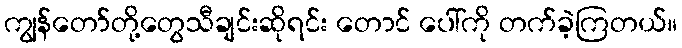
ကျွန်တော်တို့တွေသီချင်းဆိုရင်း တောင် ပေါ်ကို တက်ခဲ့ကြတယ်။